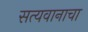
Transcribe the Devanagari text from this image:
सत्यवानाचा